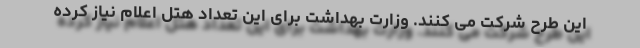
این طرح شرکت می کنند. وزارت بهداشت برای این تعداد هتل اعلام نیاز کرده